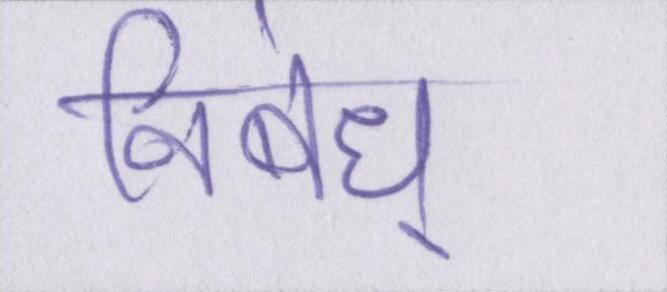
निबंध्